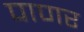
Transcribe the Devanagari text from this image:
पाणर